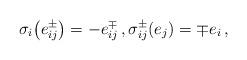
LaTeX: \begin{align*}\sigma_i \bigl( e^{\pm}_{ij} \bigr) = -e^{\mp}_{ij} \, , \sigma^{\pm}_{ij}(e_j) = \mp e_i \, ,\end{align*}